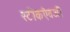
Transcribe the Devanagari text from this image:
स्टीकऐवजी